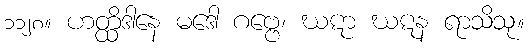
၁၁၂၈။ ဟတ္ထိဒါနေ မဒေါ ဂဗ္ဗေ၊ ဃဋာ ဃဋန ရာသိသု။